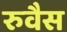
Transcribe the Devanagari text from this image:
रुवैस